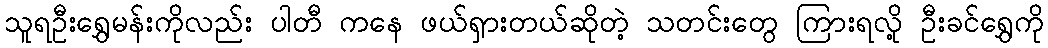
သူရဦးရွှေမန်းကိုလည်း ပါတီ ကနေ ဖယ်ရှားတယ်ဆိုတဲ့ သတင်းတွေ ကြားရလို့ ဦးခင်ရွှေကို